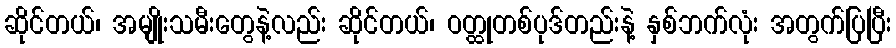
ဆိုင်တယ်၊ အမျိုးသမီးတွေနဲ့လည်း ဆိုင်တယ်၊ ဝတ္ထုတစ်ပုဒ်တည်းနဲ့ နှစ်ဘက်လုံး အတွက်ပြပြီး